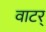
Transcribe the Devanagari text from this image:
वाटर्